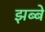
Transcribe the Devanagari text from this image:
झब्बे